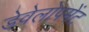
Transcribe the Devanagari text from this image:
डेवेलोपमेंट